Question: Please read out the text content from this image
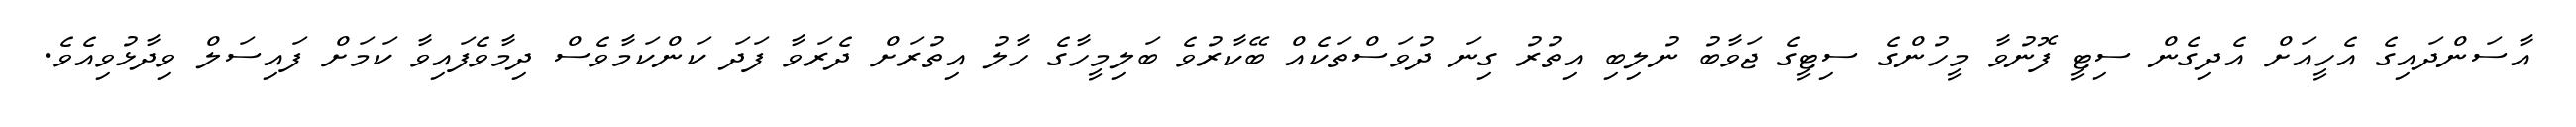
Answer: އާސަންދައިގެ އެހީއަށް އެދިގެން ސިޓީ ފޮނުވާ މީހުންގެ ސިޓީގެ ޖަވާބު ނުލިބި އިތުރު ގިނަ ދުވަސްތަކެއް ބޭކާރުވެ ބަލިމީހާގެ ހާލު އިތުރަށް ދެރަވާ ފަދަ ކަންކަމާވެސް ދިމާވެފައިވާ ކަމަށް ފައިސަލް ވިދާޅުވިއެވެ.